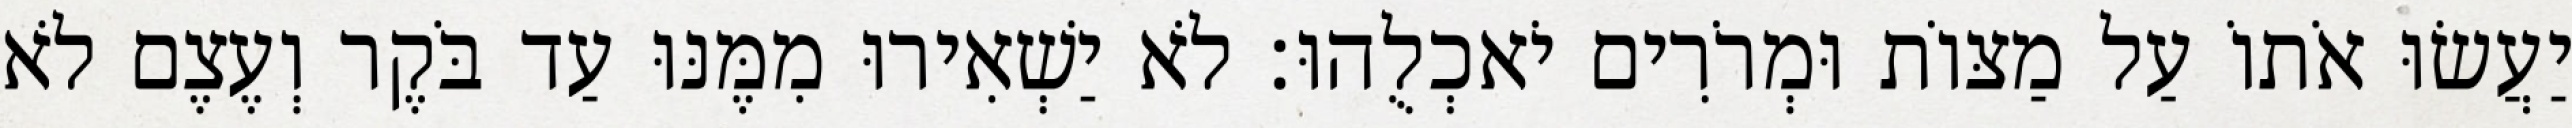
יַעֲשׂוּ אֹתוֹ עַל מַצּוֹת וּמְרֹרִים יֹאכְלֻהוּ׃ לֹא יַשְׁאִירוּ מִמֶּנּוּ עַד בֹּקֶר וְעֶצֶם לֹא